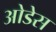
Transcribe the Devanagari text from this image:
ओडेस